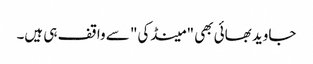
جاوید بھائی بھی "مینڈکی" سے واقف ہی ہیں۔